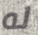
له